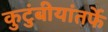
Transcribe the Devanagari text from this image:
कुटुंबीयांतर्फे